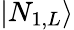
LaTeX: |N_{1,L}\rangle